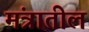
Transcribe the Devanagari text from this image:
मंत्रातील